Vital statistics of India. Vol. IV, Annual returns from 1871 to 1876. British Army of India, Native Army and jails of Bengal
Year: 1871
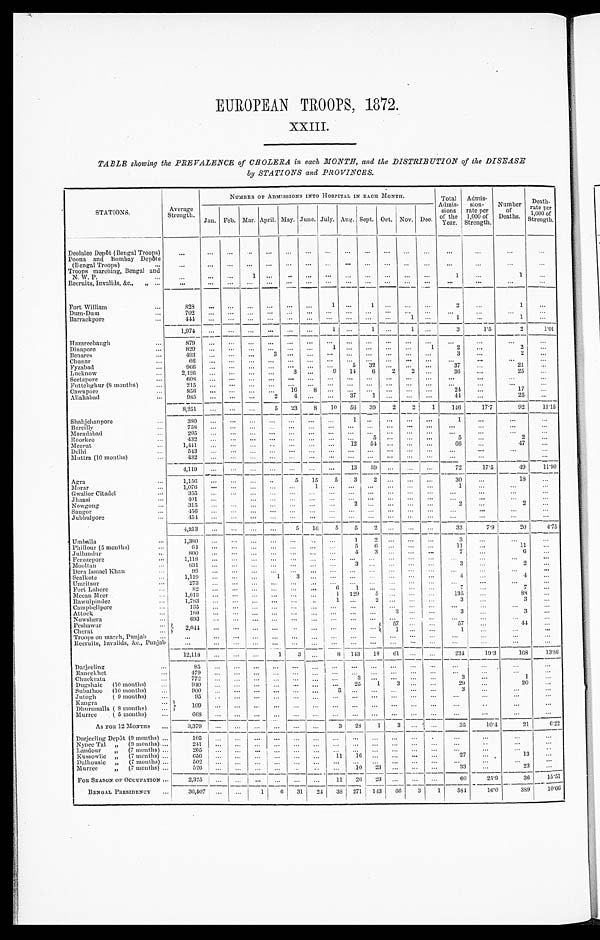
EUROPEAN TROOPS, 1872.
XXIII.
TABLE showing the PREVALENCE of CHOLERA in each MONTH, and the DISTRIBUTION of the DISEASE
by STATIONS and PROVINCES.
STATIONS.
NUMBER OF ADMISSIONS INTO HOSPITAL IN EACH MONTH.
Total
Admis-
sions
of the
Year.
Admis-
sion-
rate per
1,000 of
Strength.
Number
of
Deaths.
Death-
rate per
1,000 of
Strength.
Average
Strength.
Jan. Feb. Mar. April. May. June.
J u l y .
Aug. Sept. Oct. Nov. Dec.
Deolalee Depôt (Bengal Troops)
...
...
...
. . .
...
...
...
. . .
...
...
...
...
. . .
. . .
. . .
. . .
...
Poona and Bombay Depôts
(Bengal Troops)
...
...
...
. . .
...
...
. . .
. . .
...
. . .
...
. . .
. . .
...
. . .
. . .
. . .
...
Troops marching, Bengal and
N. W. P.
...
...
...
...
1
. . .
. . .
. . .
. . .
...
. . .
. . .
. . .
. . .
1
. . .
1
. . .
Recruits, Invalids, &c., ,, ...
...
. . .
...
...
...
...
...
...
...
...
...
...
...
. . .
...
. . .
. . .
Fort William
...
828
. . . ...
. . .
. . .
. . .
. . .
1
...
1
. . .
. . .
. . .
2
. . .
1
...
Dum-Dum
7 0 2
. . . ...
. . .
. . .
. . .
...
. . .
. . .
. . .
. . .
. . .
. . .
. . .
. . .
. . .
. . .
Barrackpore
...
4 4 4
. . . ...
. . .
. . .
. . .
...
. . .
...
...
...
1
. . .
1
...
1
...
1 , 9 7 4
. . . ...
. . .
. . .
. . .
. . .
1
. . .
1
. . .
1
. . .
3
1.5
2
1.01
H azareebaugh
...
879
... ...
...
...
...
...
. . .
...
...
...
...
...
...
...
. . .
. . .
Dinapore
...
829
... ...
...
...
. . .
...
1
. . .
. . .
. . .
. . .
1
2
...
2
...
Benares
...
493
...
...
...
3
. . .
. . .
. . .
. . .
. . .
. . .
. . .
. . .
3
. . .
2
. . .
Chunar
66
. . .
. . .
. . .
. . .
...
. . .
...
...
...
...
...
...
. . .
. . .
. . .
. . .
Fyzabad
. . .
966
. . . ...
. . .
. . .
. . .
. . .
. . .
5
32
. . .
. . .
. . .
37
. . .
21
. . .
Lucknow
...
2,426
...
. . .
. . .
...
3
. . .
9
14
6
2
2
. . .
36
...
25
. . .
Seetapore
...
608
...
. . .
. . .
. . .
. . .
. . .
. . .
. . .
. . .
. . .
. . .
. . .
...
...
. . .
...
Futtehghur (8 months)
...
215
. . . ...
. . .
. . . ...
...
...
...
...
. . . ...
...
. . .
. . .
. . .
. . .
Cawnpore
856
... ...
. . .
. . .
16
8
. . .
. . .
. . .
...
...
. . .
24
...
17
...
Allahabad
...
9 8 5
. . . ...
. . .
2
4
. . .
. . .
37
1
. . .
. . .
. . .
44
. . .
25
...
8,251
. . .
. . .
. . .
5
23
8
10 56
39
2
2
1
146
17.7
92
11.15
Shahjehanpore
...
380
. . .
. . .
. . .
. . .
...
...
. . .
1
...
...
...
...
1
...
. . .
...
Bareilly
. . .
7 5 8
. . .
. . .
. . .
. . .
...
...
...
...
...
. . .
. . .
. . .
...
. . .
...
...
Moradabad
...
205
...
...
. . .
...
...
...
...
...
...
...
...
...
. . .
...
. . .
. . .
Roorkee
4 3 2
. . . ...
. . .
. . .
. . .
. . .
. . .
. . .
5
. . .
. . .
. . .
5
. . .
2
...
Meerut
...
1 , 4 4 1
. . . ...
. . .
. . .
. . .
...
...
12
54 ...
. . . ...
6 6
. . .
47
...
Delhi
...
5 4 3
. . . ...
. . .
. . .
. . .
. . .
. . .
. . .
. . .
. . .
. . .
. . .
...
...
. . .
...
Muttra (10 months)
432
. . .
...
. . .
. . .
. . .
. . .
. . .
. . .
...
. . .
. . .
. . .
...
. . .
. . .
4 , 1 1 9
. . . ...
. . .
. . .
. . .
. . .
. . .
13
59
. . .
...
...
72
17.5
49
11.90
Agra
1,156
...
. . .
...
. . .
5
15
5
3
2
. . .
. . .
...
30
...
18
...
Morar
. . .
1 , 0 7 6
. . . ...
. . .
. . .
. . .
1
. . .
. . .
. . .
. . .
. . .
...
1
...
. . .
. . .
Gwalior Citadel
...
355
. . .
...
...
...
. . .
. . . ...
...
. . . ...
. . .
. . .
...
...
. . .
...
Jhansi
. . .
401
... ...
...
. . .
...
...
...
. . . ...
. . .
...
...
. . .
...
. . .
...
Nowgong
...
315
. . .
. . .
. . .
. . .
. . .
. . .
. . .
2
. . .
...
...
...
2
. . .
2
...
Saugor
. . .
456
... ...
...
. . .
...
...
. . .
. . .
. . .
. . .
. . .
...
. . .
...
...
. . .
Jubbulpore
4 5 4
...
. . .
...
...
...
...
...
...
...
...
. . .
. . .
...
. . .
...
...
4 , 2 1 3
. . .
. . .
. . .
. . .
5
16
5
5
2
. . .
. . .
...
33
7.9
20
4.75
Umballa
...
1 , 3 8 0
. . .
. . .
. . .
. . .
. . .
. . .
. . .
1
2
. . .
. . .
. . .
3
...
. . .
. . .
Phillour (5 months)
64
.. . ...
...
...
... ... ...
5
6
... ... ...
11
...
11
...
Jullundur
800
... ... ... ... ...
...
...
4
3
...
...
...
7
...
6
...
Ferozepore
...
1,118
...
...
... ... ... ... ... ... ... ... ... ...
...
...
...
...
Mooltan
8 3 1
... ... ... ... ... ...
...
3
...
...
...
...
3
...
2
...
Dera Ismael Khan
...
99
... ... ...
...
...
...
...
...
... ... ... ...
...
...
...
...
Sealkote
...
1,119
...
...
...
1
3
... ... ... ...
...
...
...
4
...
4
...
Umritsur
273
...
...
... ... ... ... ... ... ... ... ... ... ... ... ... ...
Fort Lahore
82
...
... ... ... ... ...
6
1
... ... ... ...
7
...
7
...
Meean Meer
1,013
...
...
...
...
... ...
1
129
5
... ... ...
135
...
88
...
Rawulpindee
...
1,783
...
... ... ... ... ...
1
. . .
2
... ... ...
3
...
3
...
Campbellpore
1 3 5
... ... ... ... ... ...
...
... ... ... ... ... ... ... ... ...
Attock
1 8 0
... ... ... ... ...
...
...
...
...
3
... ...
3
...
3
...
Nowshera
...
6 9 3
... ... ... ... ... ... ... ...
...
...
...
... ...
...
...
...
Peshawur
...
2 , 0 4 4
... ... ... ... ... ... ... ... ...
57
...
...
5 7
...
44
...
Cherat
1
... ...
1
...
...
...
Troops on march, Punjab
...
...
... ...
...
...
...
...
...
...
...
... ... ...
...
... ... ...
Recruits, Invalids, & c., Punjab
...
... ... ... ... ... ...
...
...
...
...
...
... ... ... ... ...
12,118
...
...
...
1
3
...
8 143
18
61
... ...
234
19.3
168
13.86
Darjeeling
...
85 ...
... ... ... ...
...
... ... ...
...
... ... ... ... ... ...
Raneekhet
479
... ... ... ... ... ... ... ... ... ...
...
...
...
... ...
...
Chuckrata
...
772
...
...
...
...
... ... ...
3
. .
. . .
. . .
. . .
3
...
1
...
Dugshaie
(10 months)
...
940
. . .
...
...
. . .
...
...
...
25
1
3
. . .
. . .
29
. . .
20
. . .
Subathoo
(10 months)
...
900
...
...
...
. . .
. . .
. . .
3
. . .
. . .
. . .
. . .
. . .
3
. . .
. . .
...
Jutogh
( 9 months)
...
9 5
. . .
. . .
. . .
. . .
. . .
. . .
. . .
. . .
. . .
. . .
. . .
...
. . .
. . .
...
...
K angra
...
1 0 9
. . .
. . .
. . .
. . .
. . .
. . .
. . .
. . .
. . .
. . .
. . .
. . .
. . .
. . .
. . .
. . .
Dhurmsalla (8 months)
...
Murree
( 5 months)
...
668
. . .
. . .
. . .
. . .
. . .
. . .
. . .
. . .
. . .
...
...
...
. . .
. . . .
. . . ...
AS FOR 12 MONTHS
...
3 , 3 7 9
. . .
. . .
. . .
. . .
. . .
. . .
3
28 1
3
.
. . .
. . .
35
10.4
21
6.22
Darjeeling Depôt (9 months) ...
105
...
...
...
...
...
...
...
. . .
. . .
. . .
. . .
. . .
. . .
. . .
...
...
Nynee Tal
,,
(9 months) ...
2 4 1
. . .
. . .
. . .
. . .
. . .
. . .
...
...
...
...
. . .
...
. . .
. . .
. . .
...
Landour
„
(7 months) ...
205
. . .
. . .
. . .
. . .
. . .
...
. . .
...
...
...
...
...
...
...
...
. . .
Kussowlie
„
(7 months) ..
6 5 6
. . .
. . .
. . .
. . .
. . .
. . .
11
16
. . .
. . .
. . .
. . .
27
. . .
13
...
Dalhousie
,,
(7 months) ...
5 0 2
. . .
. . .
. . .
. . .
. . .
. . .
. . .
. . .
. . .
...
...
...
. . .
. . .
. . .
...
M u r r e e , ,
( 7
m o n t h s ) . . .
5 2 6
. . .
. . .
. . .
...
. . .
...
...
1 0
2 3
...
...
. . .
3 3
...
2 3
. . .
FOR SEASON OF OCCUPATION ...
2,325
...
. . .
. . .
. . .
. . .
. . .
11
26
23
...
...
. . .
60
25.9
36
15.51
BENGAL PRESIDENCY
...
36,507
__
...
...
1
6
3 1 _
24
38
_
271
1 4 3
66
3
1
584
16.0
389
10.66